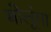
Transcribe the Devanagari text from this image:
बोलूंगा